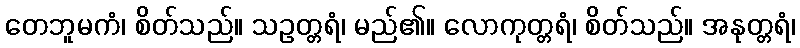
တေဘူမကံ၊ စိတ်သည်။ သဥတ္တရံ၊ မည်၏။ လောကုတ္တရံ၊ စိတ်သည်။ အနုတ္တရံ၊